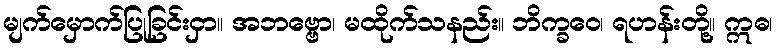
မျက်မှောက်ပြုခြင်းငှာ။ အဘဗ္ဗော၊ မထိုက်သနည်း။ ဘိက္ခဝေ၊ ရဟန်းတို့။ ဣဓ၊